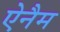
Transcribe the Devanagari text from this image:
ऐनैम